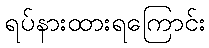
ရပ်နားထားရကြောင်း